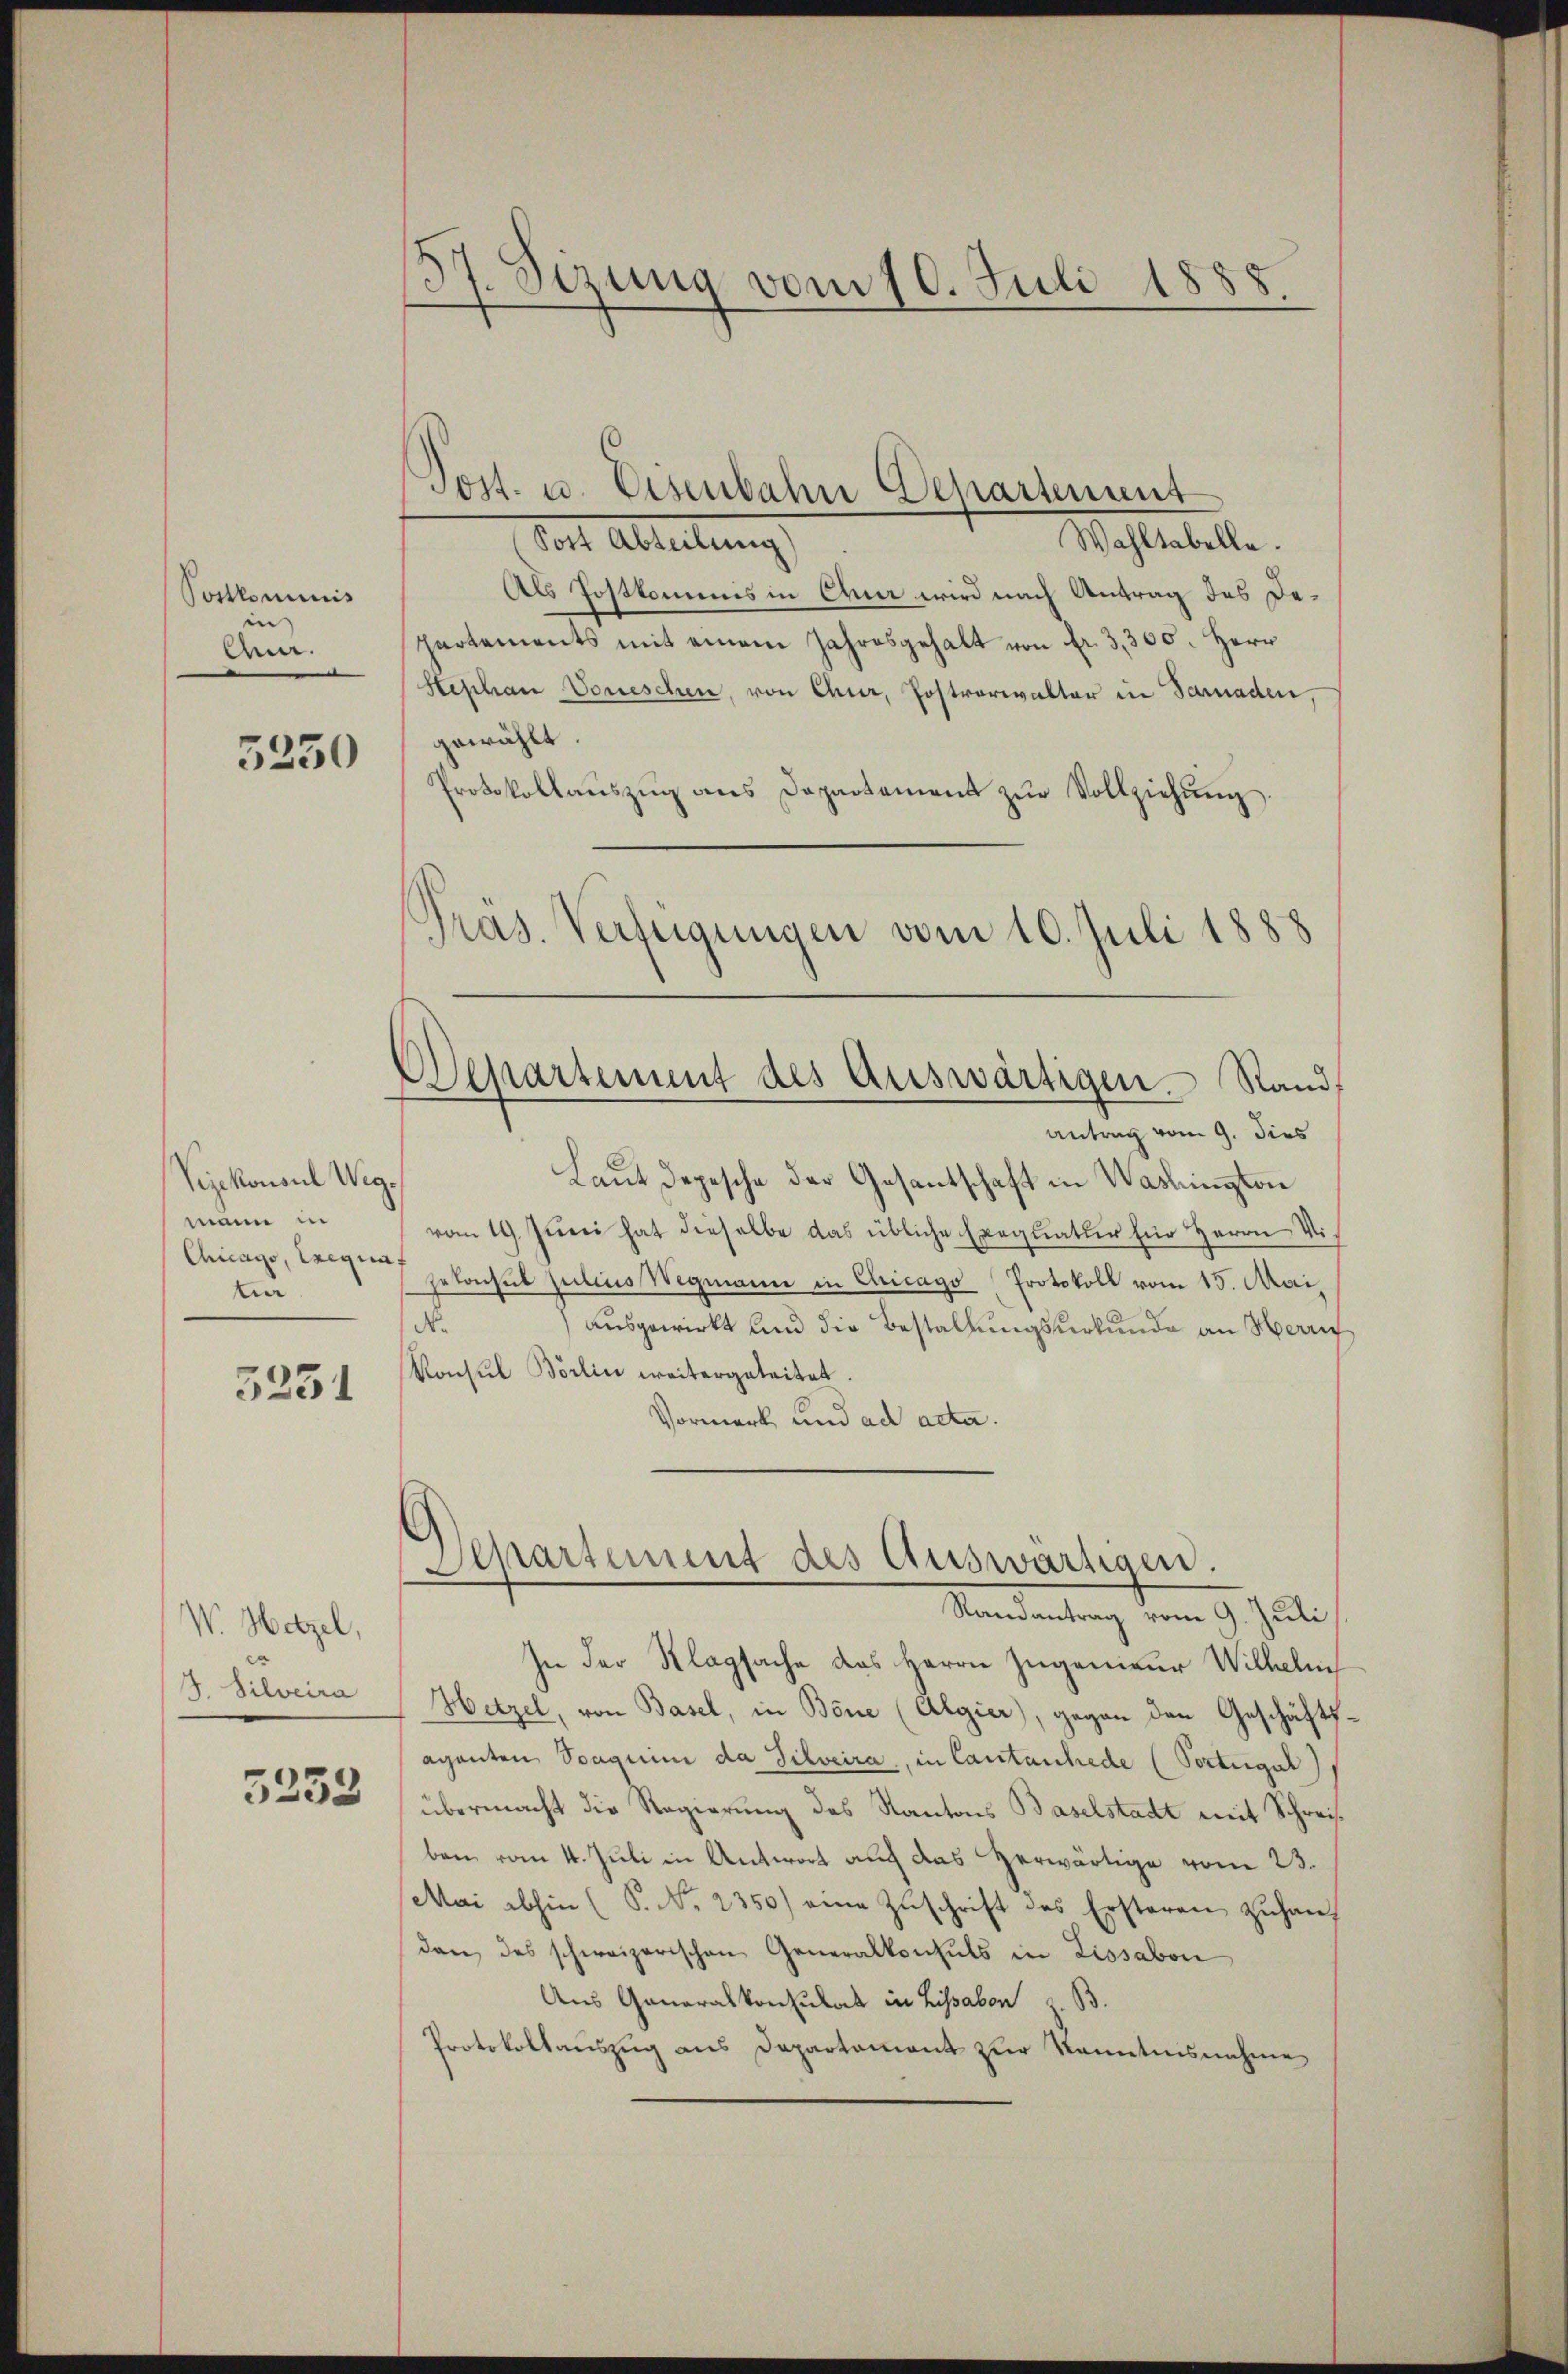
Postkominis
in |
Ann.

Vejekonsul Wegmann in
Chicago, Exegen
ter

5231

W. Hetzel,
J. Silveira

5253

37. Sizung vom 10. Juli 1888.

Wahltabelle.
Post Abteilung)
Als Postkommis in Chur wird nach Antrag des Departements mit einem Jahresgehalt von Fr. 3,300. Herr
Stephan Voneschen, von Chur, Postrorialtar in Saraden,
gewählt.
5230
Protokollaŭszŭg ans Departement zŭr Vollziehŭng.
Präs. Verfügungen vom 10. Juli 1888

Post. u. Eisenbahn Departement

Departement des Auswärtigen Stand.
Antrag vom 9. dies

Laut Depesche der Gesantschaft in Washington
vom 19. Juni hat dieselbe das übliche Exequatur für Herrn Visatonsul pitius Wegmann in Cricago Protokoll vom 15. Mai,
N.
ausgewirkt und die Bestallungsurkunde an Herrn
Konsul Börlin weitergeleitet.
Vormerk und ad acta.

Departement des Auswärtigen.

Randantrag vom 9. Juli,
In der Klagsache des Herrn Zugenieur Wilhelm
Hetzel, von Basel, in Böne (Algier), gegen den Geschäftsaganten Stagium da Silveira, in Cantanhede (Portugal)
übermacht die Regierung des Kantons Baselstadt mit Schreisben vom 4. Juli in Antwort auch das Herwärtige vom 23.
Mai abhin (S. Nr. 2350) eine Zŭschrift des Ersteren zŭ handan des schweizerischen Generalkonsuls in Lissabon
Aus Ganaralkonsulat in Lissabon z. B.
Protokollauszug aus Departament zur Kenntnisnahme